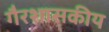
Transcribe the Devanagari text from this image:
गैरशासकीय